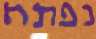
נפתח